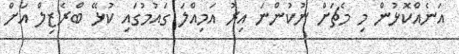
އަނެއްކޮޅުން މި މެޗަށް ނުކުންނަ އިރު އަމިއްލަ ގައުމުގައި ކުޅޭ ބްރެޒިލް އަށް